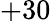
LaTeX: +30